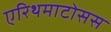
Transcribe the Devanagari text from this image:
एरिथमाटोसस